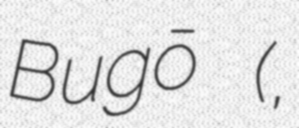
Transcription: Bugō (武号,